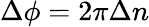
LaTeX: \Delta\phi=2\pi\Delta n